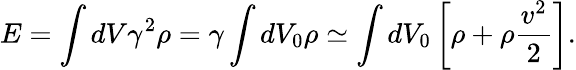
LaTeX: E=\int dV\gamma^{2}\rho=\gamma\int dV_{0}\rho\simeq\int dV_{0}\left[\rho+\rho\frac{v^{2}}{2}\right].